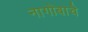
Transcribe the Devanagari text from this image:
नागोबाचे